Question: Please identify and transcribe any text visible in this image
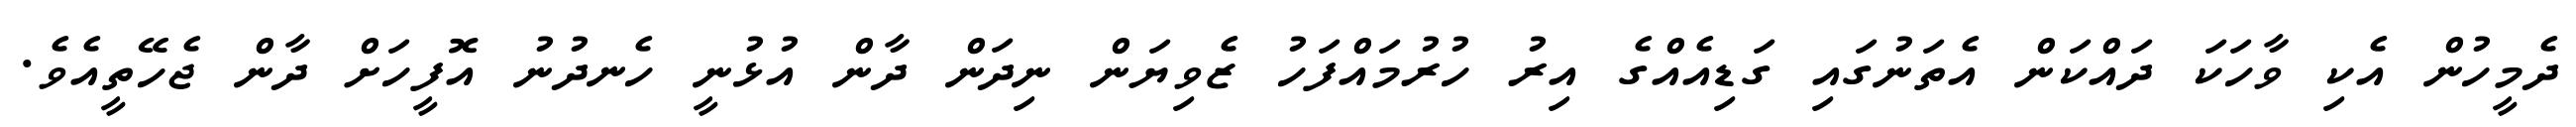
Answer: ދެމީހުން އެކި ވާހަކަ ދައްކަން އެތަނުގައި ގަޑިއެއްގެ އިރު ހުރުމައްފަހު ޒެވިޔަން ނިދަން ދާން އުޅުނީ ހެނދުނު އޮފީހަށް ދާން ޖެހޭތީއެވެ.